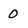
Character: 0